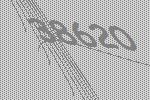
38620